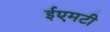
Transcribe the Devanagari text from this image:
ईएमटी